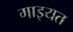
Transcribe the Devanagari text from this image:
गाइयत